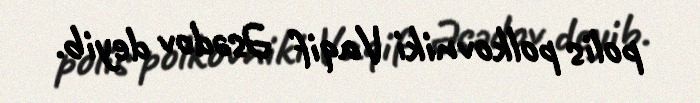
polis polkovniki Vaqif Əsədov deyib.